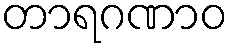
တာရဂဏာဝ